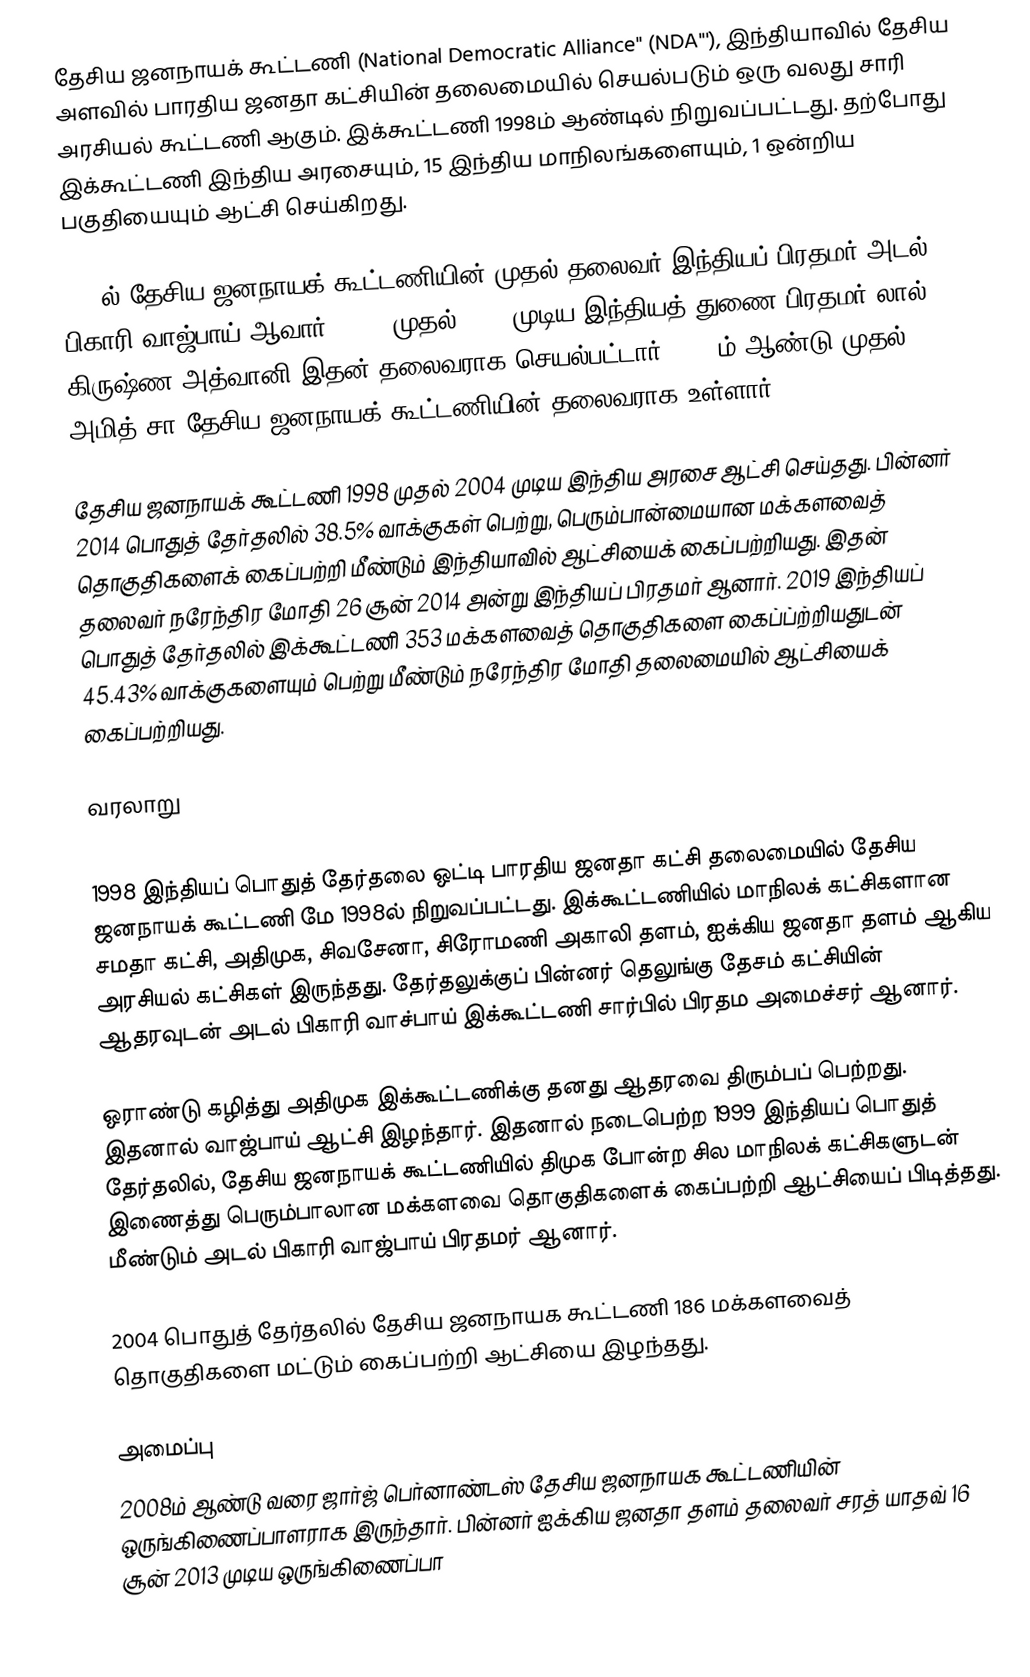
தேசிய ஜனநாயக் கூட்டணி (National Democratic Alliance'' (NDA'''), இந்தியாவில்  தேசிய அளவில் பாரதிய ஜனதா கட்சியின் தலைமையில் செயல்படும் ஒரு வலது சாரி அரசியல் கூட்டணி ஆகும். இக்கூட்டணி 1998ம் ஆண்டில் நிறுவப்பட்டது. தற்போது இக்கூட்டணி இந்திய அரசையும், 15 இந்திய மாநிலங்களையும், 1 ஒன்றிய பகுதியையும் ஆட்சி செய்கிறது.

1998ல் தேசிய ஜனநாயக் கூட்டணியின் முதல் தலைவர் இந்தியப் பிரதமர் அடல் பிகாரி வாஜ்பாய் ஆவார். 2004 முதல் 2014 முடிய இந்தியத் துணை பிரதமர் லால் கிருஷ்ண அத்வானி இதன் தலைவராக செயல்பட்டார். 2014ம் ஆண்டு முதல் அமித் சா தேசிய ஜனநாயக் கூட்டணியின் தலைவராக உள்ளார்.

தேசிய ஜனநாயக் கூட்டணி 1998 முதல் 2004 முடிய இந்திய அரசை ஆட்சி செய்தது. பின்னர் 2014 பொதுத் தேர்தலில் 38.5% வாக்குகள் பெற்று, பெரும்பான்மையான மக்களவைத் தொகுதிகளைக் கைப்பற்றி மீண்டும் இந்தியாவில் ஆட்சியைக் கைப்பற்றியது. இதன் தலைவர் நரேந்திர மோதி 26 சூன் 2014 அன்று இந்தியப் பிரதமர் ஆனார். 2019 இந்தியப் பொதுத் தேர்தலில் இக்கூட்டணி 353  மக்களவைத் தொகுதிகளை கைப்ப்ற்றியதுடன் 45.43% வாக்குகளையும் பெற்று மீண்டும் நரேந்திர மோதி தலைமையில் ஆட்சியைக் கைப்பற்றியது.

வரலாறு

1998 இந்தியப் பொதுத் தேர்தலை ஒட்டி பாரதிய ஜனதா கட்சி தலைமையில் தேசிய ஜனநாயக் கூட்டணி மே 1998ல் நிறுவப்பட்டது. இக்கூட்டணியில் மாநிலக் கட்சிகளான சமதா கட்சி, அதிமுக, சிவசேனா,  சிரோமணி அகாலி தளம், ஐக்கிய ஜனதா தளம் ஆகிய அரசியல் கட்சிகள் இருந்தது. தேர்தலுக்குப் பின்னர் தெலுங்கு தேசம் கட்சியின் ஆதரவுடன் அடல் பிகாரி வாச்பாய் இக்கூட்டணி சார்பில் பிரதம அமைச்சர் ஆனார்.

ஒராண்டு கழித்து அதிமுக இக்கூட்டணிக்கு தனது ஆதரவை திரும்பப் பெற்றது. இதனால் வாஜ்பாய் ஆட்சி இழந்தார். இதனால் நடைபெற்ற 1999 இந்தியப் பொதுத் தேர்தலில், தேசிய ஜனநாயக் கூட்டணியில் திமுக போன்ற சில மாநிலக் கட்சிகளுடன் இணைத்து பெரும்பாலான மக்களவை தொகுதிகளைக் கைப்பற்றி ஆட்சியைப் பிடித்தது. மீண்டும் அடல் பிகாரி வாஜ்பாய் பிரதமர் ஆனார்.

2004 பொதுத் தேர்தலில் தேசிய ஜனநாயக கூட்டணி 186 மக்களவைத் தொகுதிகளை மட்டும் கைப்பற்றி ஆட்சியை இழந்தது.

அமைப்பு
2008ம் ஆண்டு வரை ஜார்ஜ் பெர்னாண்டஸ் தேசிய ஜனநாயக கூட்டணியின் ஒருங்கிணைப்பாளராக இருந்தார். பின்னர் ஐக்கிய ஜனதா தளம் தலைவர் சரத் யாதவ் 16 சூன் 2013 முடிய ஒருங்கிணைப்பா